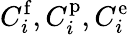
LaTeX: C_{i}^{\mathrm{{f}}},C_{i}^{\mathrm{{p}}},C_{i}^{\mathrm{{e}}}